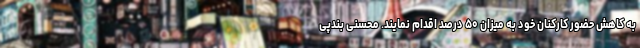
به کاهش حضور کارکنان خود به میزان ۵۰ درصد اقدام نمایند. محسنی بندپی